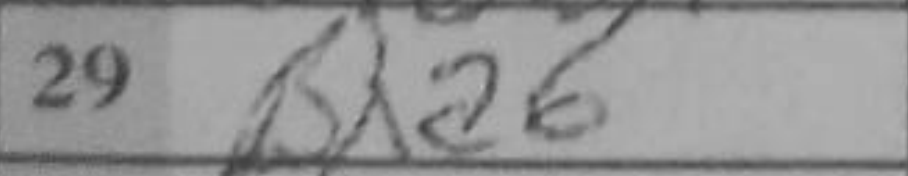
Transcription: Bxa6